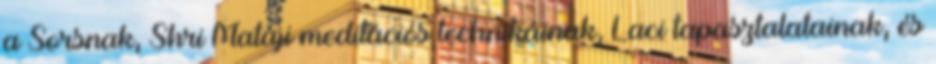
a Sorsnak, Shri Mataji meditációs technikáinak, Laci tapasztalatainak, és